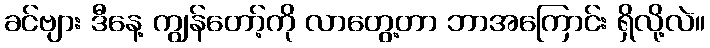
ခင်ဗျား ဒီနေ့ ကျွန်တော့်ကို လာတွေ့တာ ဘာအကြောင်း ရှိလို့လဲ။